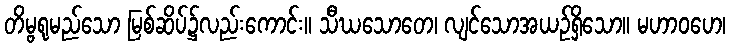
တိမ္ဗရုမည်သော မြစ်ဆိပ်၌လည်းကောင်း။ သီဃသောတေ၊ လျင်သောအယဉ်ရှိသော။ မဟာဝဟေ၊